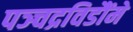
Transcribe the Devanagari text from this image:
पञ्चद्रविडौंमे